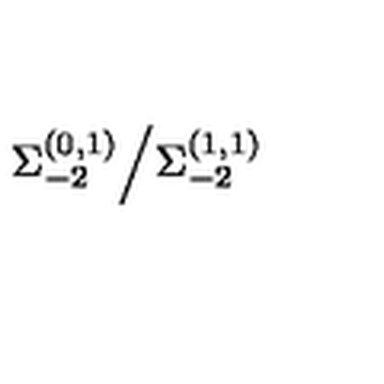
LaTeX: \Sigma _ { - 2 } ^ { ( 0 , 1 ) } \Big / \Sigma _ { - 2 } ^ { ( 1 , 1 ) }